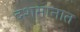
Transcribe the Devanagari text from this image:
दशमानात